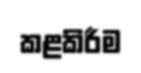
කළකිරීම